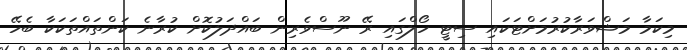
މިކަމާ މަޝްވަރާކުރުމަށްޓަކައި ސިޓީ ހޯލްގައި ރޭ ނޫސްވެރިން ބައްދަލުކޮށް ކުރާނެ ކަންތައްތަކަކާ ބެހޭ